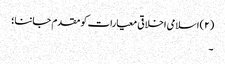
(۲) اسلامی اخلاقی معیارات کو مقدم جاننا؛
۔